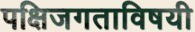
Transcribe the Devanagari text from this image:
पक्षिजगताविषयी